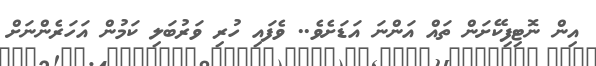
އިން ނޮޓިފިކޭށަން ތައް އަންނަ އަޑަށެވެ.. ވެފައި ހުރި ވަރުބަލި ކަމުން އަހަރެންނަށް